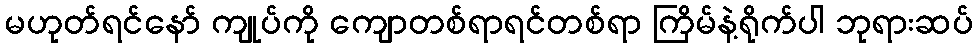
မဟုတ်ရင်နော် ကျုပ်ကို ကျောတစ်ရာရင်တစ်ရာ ကြိမ်နဲ့ရိုက်ပါ ဘုရားဆပ်